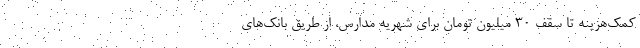
کمک‌هزینه تا سقف 30 میلیون تومان برای شهریه مدارس، از طریق بانک‌های